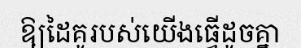
ឱ្យដៃគូរបស់យើងធ្វើដូចគ្នា